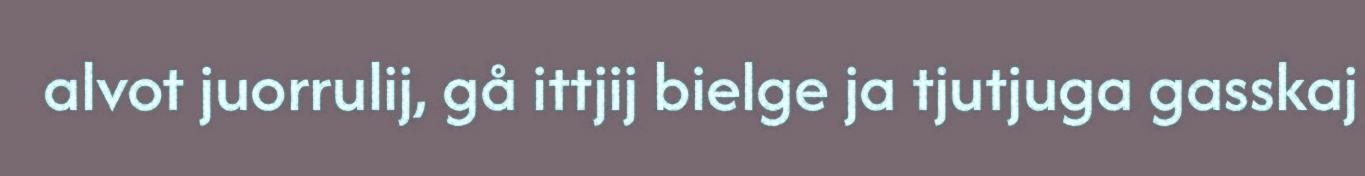
alvot juorrulij, gå ittjij bielge ja tjutjuga gasskaj